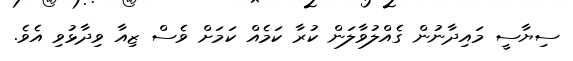
ސިޔާސީ މައިދާނުން ގެއްލުވާލަން ކުރާ ކަމެއް ކަމަށް ވެސް ޒިއާ ވިދާޅުވި އެވެ.